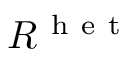
R ^ { \mathrm { ~ h ~ e ~ t ~ } }